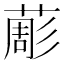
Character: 𦸔